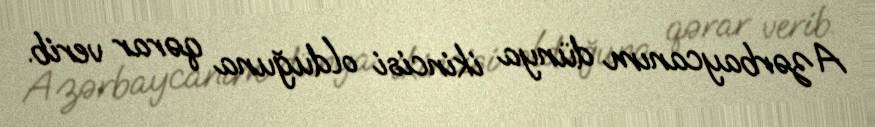
Azərbaycanım dünya ikincisi olduğuna qərar verib.